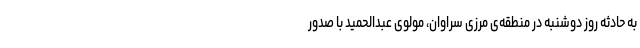
به حادثه روز دوشنبه در منطقه‌ی مرزی سراوان، مولوی عبدالحمید با صدور